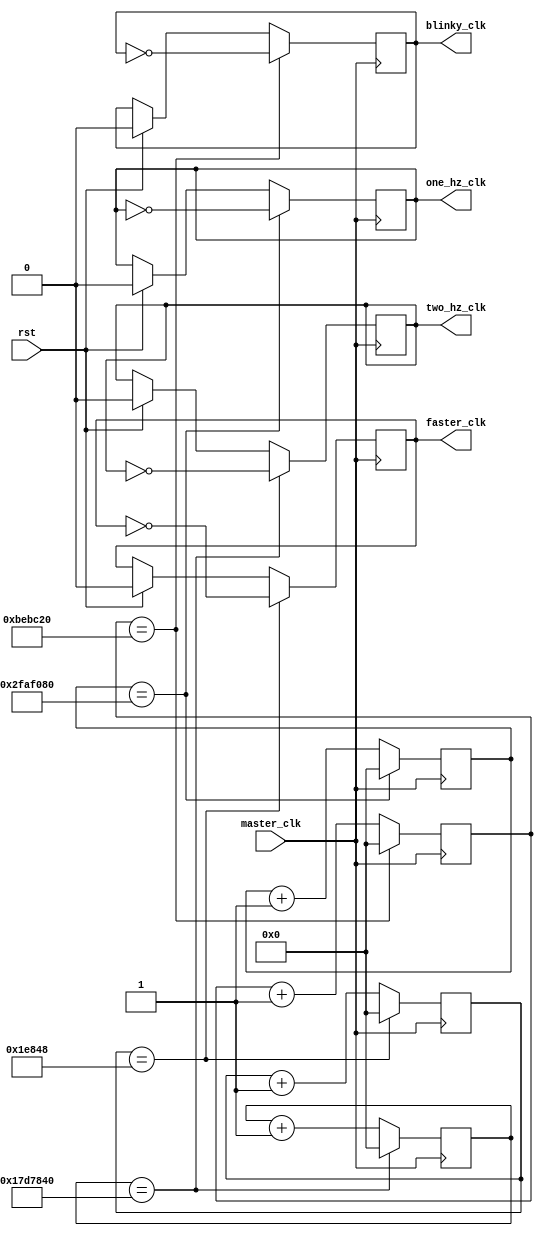
`timescale 1ns / 1ps
//////////////////////////////////////////////////////////////////////////////////
// Company: 
// Engineer: 
// 
// Design Name: 
// Module Name:    Clock_Divider 
// Project Name: 
// Target Devices: 
// Tool versions: 
// Description: 
//
// Dependencies: 
//
// Revision: 
// Revision 0.01 - File Created
// Additional Comments: 
//
//////////////////////////////////////////////////////////////////////////////////
module Clock_Divider(
    input master_clk,
    input rst, 
    output one_hz_clk,
    output two_hz_clk,
    output faster_clk,
    output blinky_clk
    );


reg [26:0] one_hz = 0;
reg [26:0] two_hz = 0;
reg [26:0] fast = 0;
reg [26:0] blink = 0;

reg one_hz_boi = 0;
reg two_hz_boi = 0;
reg faster_boi = 0;
reg blinky_boi = 0;

assign one_hz_clk = one_hz_boi;
assign two_hz_clk = two_hz_boi;
assign faster_clk = faster_boi;
assign blinky_clk = blinky_boi;

always @ (posedge master_clk)
begin
    if (rst)
    begin
        one_hz <= 0;
        one_hz_boi <= 0; 
        two_hz <= 0;
        two_hz_boi <= 0;
        fast <= 0;
        faster_boi <= 0;
        blink <= 0;
        blinky_boi <= 0;
    end
    
    if (one_hz == 50000000) //1 Hz Clock
    begin
        one_hz <= 0; // Set counter register to 0
        one_hz_boi <= ~one_hz_boi; // Flip 1 Hz clock
    end
    
    else
        one_hz <= one_hz + 1;
    
    if (two_hz == 25000000) //2 Hz clock
    begin
        two_hz <= 0;
        two_hz_boi <= ~two_hz_boi;
    end
    
    else
        two_hz <= two_hz + 1;
    
    if (fast == 125000) // 400 Hz Clock, hopefully refresh rate isn't too high
    begin
        fast <= 0;
        faster_boi <= ~faster_boi;
    end
    
    else
        fast <= fast + 1;
    
    if (blink == 12500000)
    begin
        blink <= 0;
        blinky_boi <= ~blinky_boi;
    end
    
    else
        blink <= blink + 1;

end

endmodule